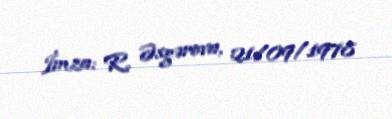
İmza: R. Əsgərova, 21/09/1978